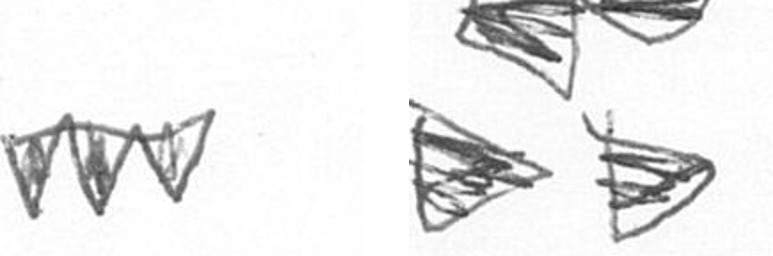
L B